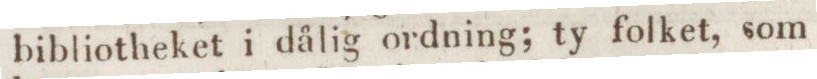
bibliotheket i dålig ordning; ty folket, som